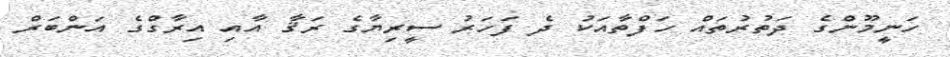
ހަނީމޫންގެ ދަތުރުތައް ހަފްތާއަކު ދެ ފަހަރު ސީރިޔާގެ ރަޤާ އާއި އިރާގްގެ އަންބަރް